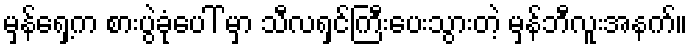
မှန်ရှေ့က စားပွဲခုံပေါ် မှာ သီလရှင်ကြီးပေးသွားတဲ့ မှန်ဘီလူးအနက်။